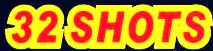
32 SHOTS